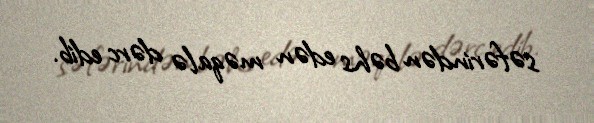
səfərindən bəhs edən məqalə dərc edib.